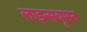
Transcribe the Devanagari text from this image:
लाइन्सवूमन